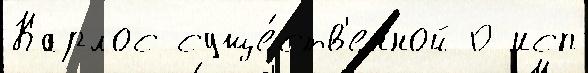
Карлос суще́ств'енной 0 исп